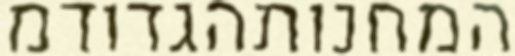
המחנותהגדודמ